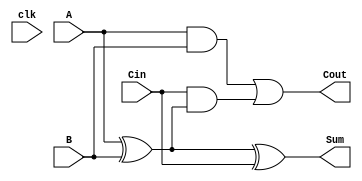
module dynamic_full_adder (
    input wire A,    // First input bit
    input wire B,    // Second input bit
    input wire Cin,  // Carry-in bit
    input wire clk,  // Clock signal
    output wire Sum, // Output Sum
    output wire Cout // Output Carry-out
);

    // Intermediate signals
    wire AB;           // A and B
    wire A_xor_B;     // A XOR B
    wire A_xor_B_and_Cin; // (A XOR B) AND Cin

    // Dynamic logic for Sum calculation
    // Sum = A XOR B XOR Cin
    assign A_xor_B = A ^ B; // A XOR B
    assign Sum = A_xor_B ^ Cin; // Final Sum = (A XOR B) XOR Cin

    // Dynamic logic for Carry-out calculation
    // Cout = (A AND B) OR (Cin AND (A XOR B))
    assign AB = A & B; // A AND B
    assign A_xor_B_and_Cin = Cin & A_xor_B; // Cin AND (A XOR B)

    // Carry-out
    assign Cout = AB | A_xor_B_and_Cin; // Final Cout

endmodule